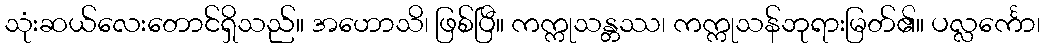
သုံးဆယ်လေးတောင်ရှိသည်။ အဟောသိ၊ ဖြစ်ပြီ။ ကက္ကုသန္တဿ၊ ကက္ကုသန်ဘုရားမြတ်၏။ ပလ္လင်္ကော၊